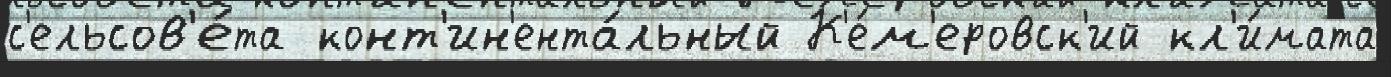
с'ельсов'е́та конт'ин'ента́льный К'е́м'еровск'ий кл'и́мата